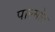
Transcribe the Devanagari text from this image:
पाल्मोंट